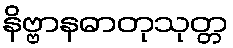
နိဗ္ဗာနဓာတုသုတ္တ